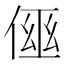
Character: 𠋗